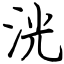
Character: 洸